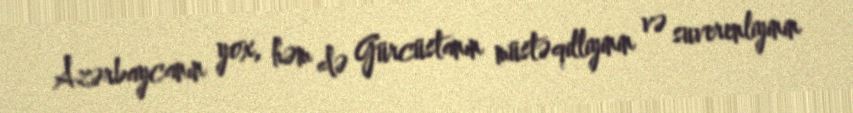
Azərbaycanın yox, həm də Gürcüstanın müstəqilliyinin və suverenliyinin